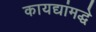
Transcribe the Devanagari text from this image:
कायद्यांमद्धे